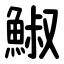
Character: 䱙